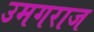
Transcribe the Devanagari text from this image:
उमगराज